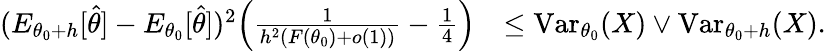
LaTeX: \begin{array}{rl}{(E_{{\theta_{0}}+h}[\widehat\theta]-E_{\theta_{0}}[\widehat\theta])^{2}\Big(\frac{1}{h^{2}(F({\theta_{0}})+o(1))}-\frac{1}{4}\Big)}&{\leq\operatorname{Var}_{\theta_{0}}(X)\vee\operatorname{Var}_{{\theta_{0}}+h}(X).}\end{array}